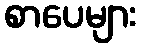
စာပေများ